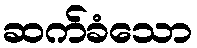
ဆက်ခံသော